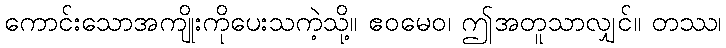
ကောင်းသောအကျိုးကိုပေးသကဲ့သို့။ ဧဝမေဝ၊ ဤအတူသာလျှင်။ တဿ၊